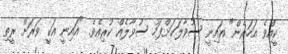
ކީއްވެ އަހަރެން" އައިނީ ސުވާލަކަށްފަހު ސުވާލެއް ކުރިއެވެ. "އައިނީ އަކީ ވަރަށް ރީތި